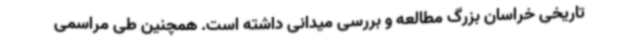
تاریخی خراسان بزرگ مطالعه و بررسی میدانی داشته است. همچنین طی مراسمی